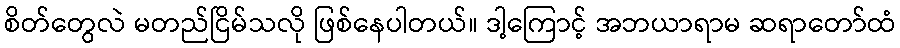
စိတ်တွေလဲ မတည်ငြိမ်သလို ဖြစ်နေပါတယ်။ ဒါ့ကြောင့် အဘယာရာမ ဆရာတော်ထံ